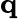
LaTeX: {\mathbf q}